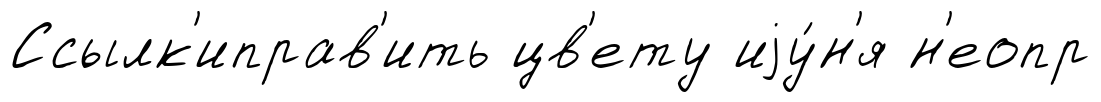
Ссылк'иправ'ить цв'ету иjу́н'я н'еопр